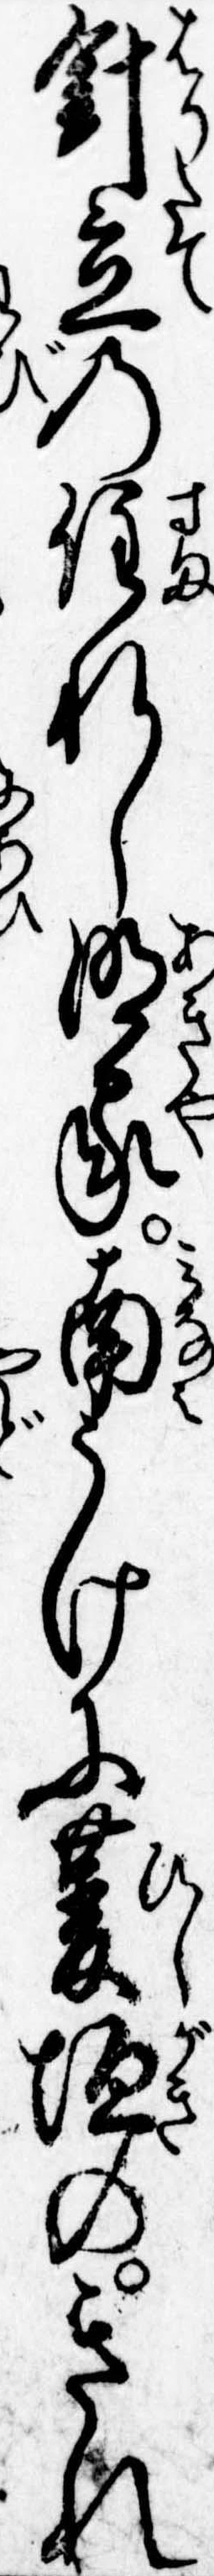
針立の住れし明家南うけに菱垣のきれ